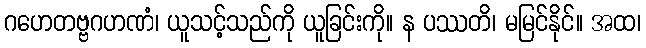
ဂဟေတဗ္ဗဂဟဏံ၊ ယူသင့်သည်ကို ယူခြင်းကို။ န ပဿတိ၊ မမြင်နိုင်။ အထ၊